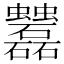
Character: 𧖌